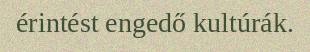
érintést engedő kultúrák.